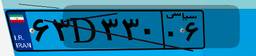
۳۶D۲۰۴۷۶